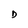
Character: D